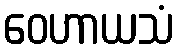
ဝေဟာယသံ